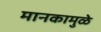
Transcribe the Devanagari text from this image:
मानकामुळे